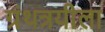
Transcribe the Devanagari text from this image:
ग्रंथत्रयीला